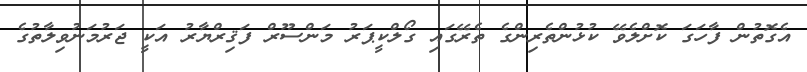
އެގޮތުން ފާހަގަ ކޮށްލެވޭ ކުޅުންތެރިންގެ ތެރޭގައި ގޯލްކީޕަރު މަންސޫރް ފަޤިރްޔާރު އަކީ ޖަރުމަނުވިލާތުގެ